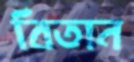
বিতান